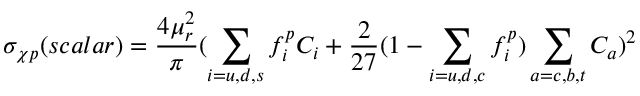
\sigma _ { \chi p } ( s c a l a r ) = \frac { 4 \mu _ { r } ^ { 2 } } { \pi } ( \sum _ { i = u , d , s } f _ { i } ^ { p } C _ { i } + \frac { 2 } { 2 7 } ( 1 - \sum _ { i = u , d , c } f _ { i } ^ { p } ) \sum _ { a = c , b , t } C _ { a } ) ^ { 2 }